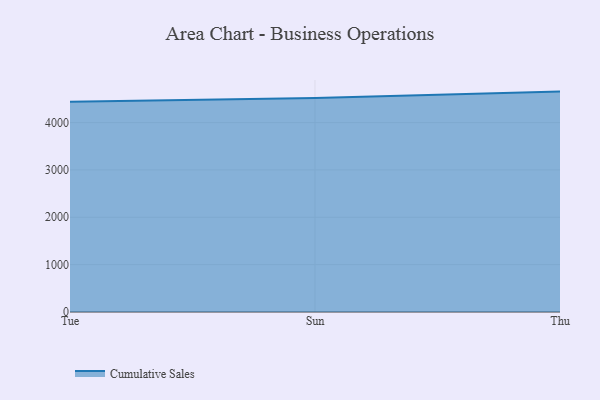
{"axis": {"x": "Day", "y": "Active Users"}, "legend": ["Cumulative Sales"], "data": [{"x": "Tue", "y": 4441.6, "type": "Cumulative Sales"}, {"x": "Sun", "y": 4520.9, "type": "Cumulative Sales"}, {"x": "Thu", "y": 4654.1, "type": "Cumulative Sales"}]}